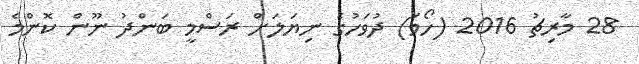
28 މާރިޗު 2016 (ހޯމަ) ދުވަހުގެ ނިޔަލަށް ރަސްމީ ބަންދު ނޫން ކޮންމެ